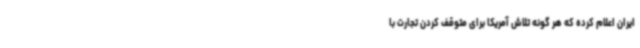
ایران اعلام کرده که هر گونه تلاش آمریکا برای متوقف کردن تجارت با